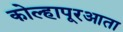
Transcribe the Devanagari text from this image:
कोल्हापूरआता